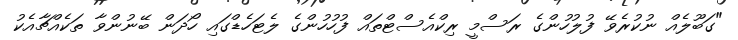
"ގަބޫލެއް ނުކުރެވޭ ފުލުހުންގެ ރަސްމީ ރިކްއެސްޓްތައް ފުުުހުހުންގެ ލެޓަހެޑްގައި ހޯދަން ބޭނުންވާ ތަކެއްޗާއެކު